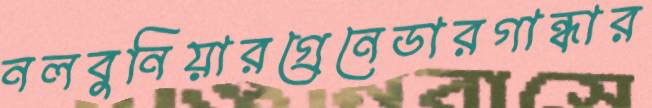
নলবুনিয়ারগ্রেনেডারগান্ধার